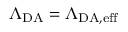
\Lambda _ { \mathrm { D A } } = \Lambda _ { \mathrm { D A , e f f } }